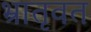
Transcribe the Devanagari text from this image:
भ्रातृवत